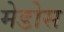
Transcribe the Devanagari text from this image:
मेडोस